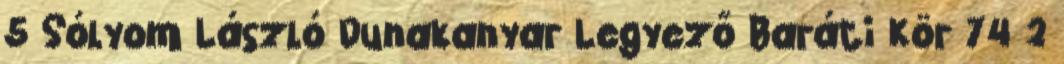
5 Sólyom László Dunakanyar Legyező Baráti Kör 74 2